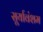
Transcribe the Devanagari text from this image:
सूर्यावंशम